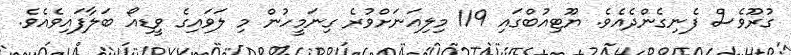
ގުރޫވެސް ފެނިގެންދެއެވެ. ޔޫޓިއުބްގައި 119 މިލިއަނަށްވުރެ ގިނަމީހުން މި ލަވައިގެ ވީޑިއޯ ބަލާފައިވެއެވެ.